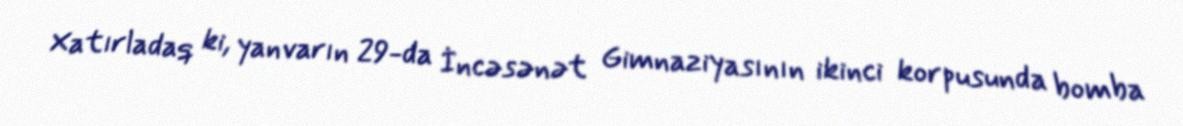
Xatırladaq ki, yanvarın 29-da İncəsənət Gimnaziyasının ikinci korpusunda bomba